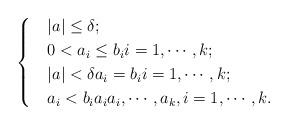
LaTeX: \begin{align*}\begin{cases}& |a|\leq\delta;\\& 0<a_i\leq b_i i=1,\cdots,k;\\& |a|<\delta a_i=b_i i=1,\cdots,k;\\& a_i<b_i a_i a_i,\cdots, a_k, i=1,\cdots, k.\end{cases} \end{align*}